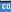
co